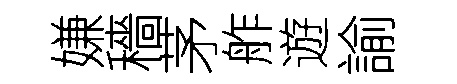
嫌穡茅舴遊諭